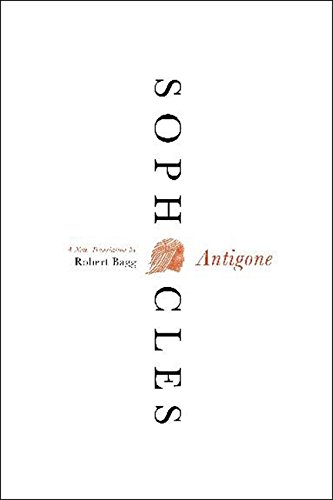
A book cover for Antigone: A New Translation; Sophocles; Literature & Fiction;